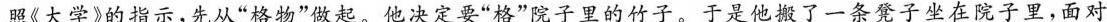
照《大学》的指示，先从”格物”做起。他决定要”格”院子里的竹子。于是他搬了一条凳子坐在院子里，面对